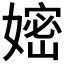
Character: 𭒛